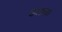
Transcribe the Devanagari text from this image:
बाभखनाथ